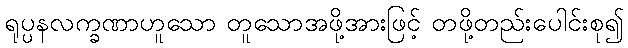
ရုပ္ပနလက္ခဏာဟူသော တူသောအဖို့အားဖြင့် တဖို့တည်းပေါင်းစု၍